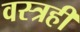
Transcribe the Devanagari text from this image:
वस्त्रही